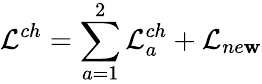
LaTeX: {\cal{L}}^{ch}=\sum_{a=1}^{2}{\cal{L}}_{a}^{ch}+{\cal{L}}_{ne\mathbf{w}}